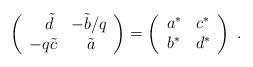
LaTeX: \begin{align*}\left(\begin{array}{ll}\quad \tilde{d} & -\tilde{b}/q\\- q \tilde{c} & \quad \tilde{a}\end{array}\right)=\left(\begin{array}{ll}a^{*} & c^{*}\\b^{*} & d^{*}\end{array}\right)\;.\end{align*}